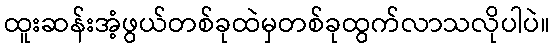
ထူးဆန်းအံ့ဖွယ်တစ်ခုထဲမှတစ်ခုထွက်လာသလိုပါပဲ။